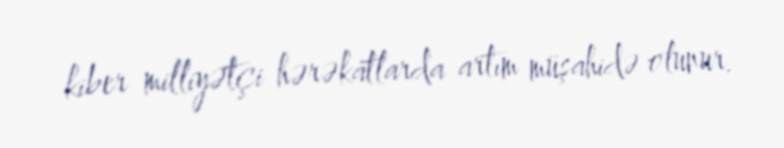
kiber milliyətçi hərəkatlarda artım müşahidə olunur.